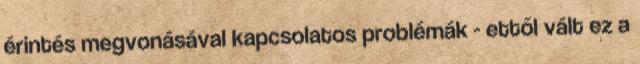
érintés megvonásával kapcsolatos problémák - ettől vált ez a